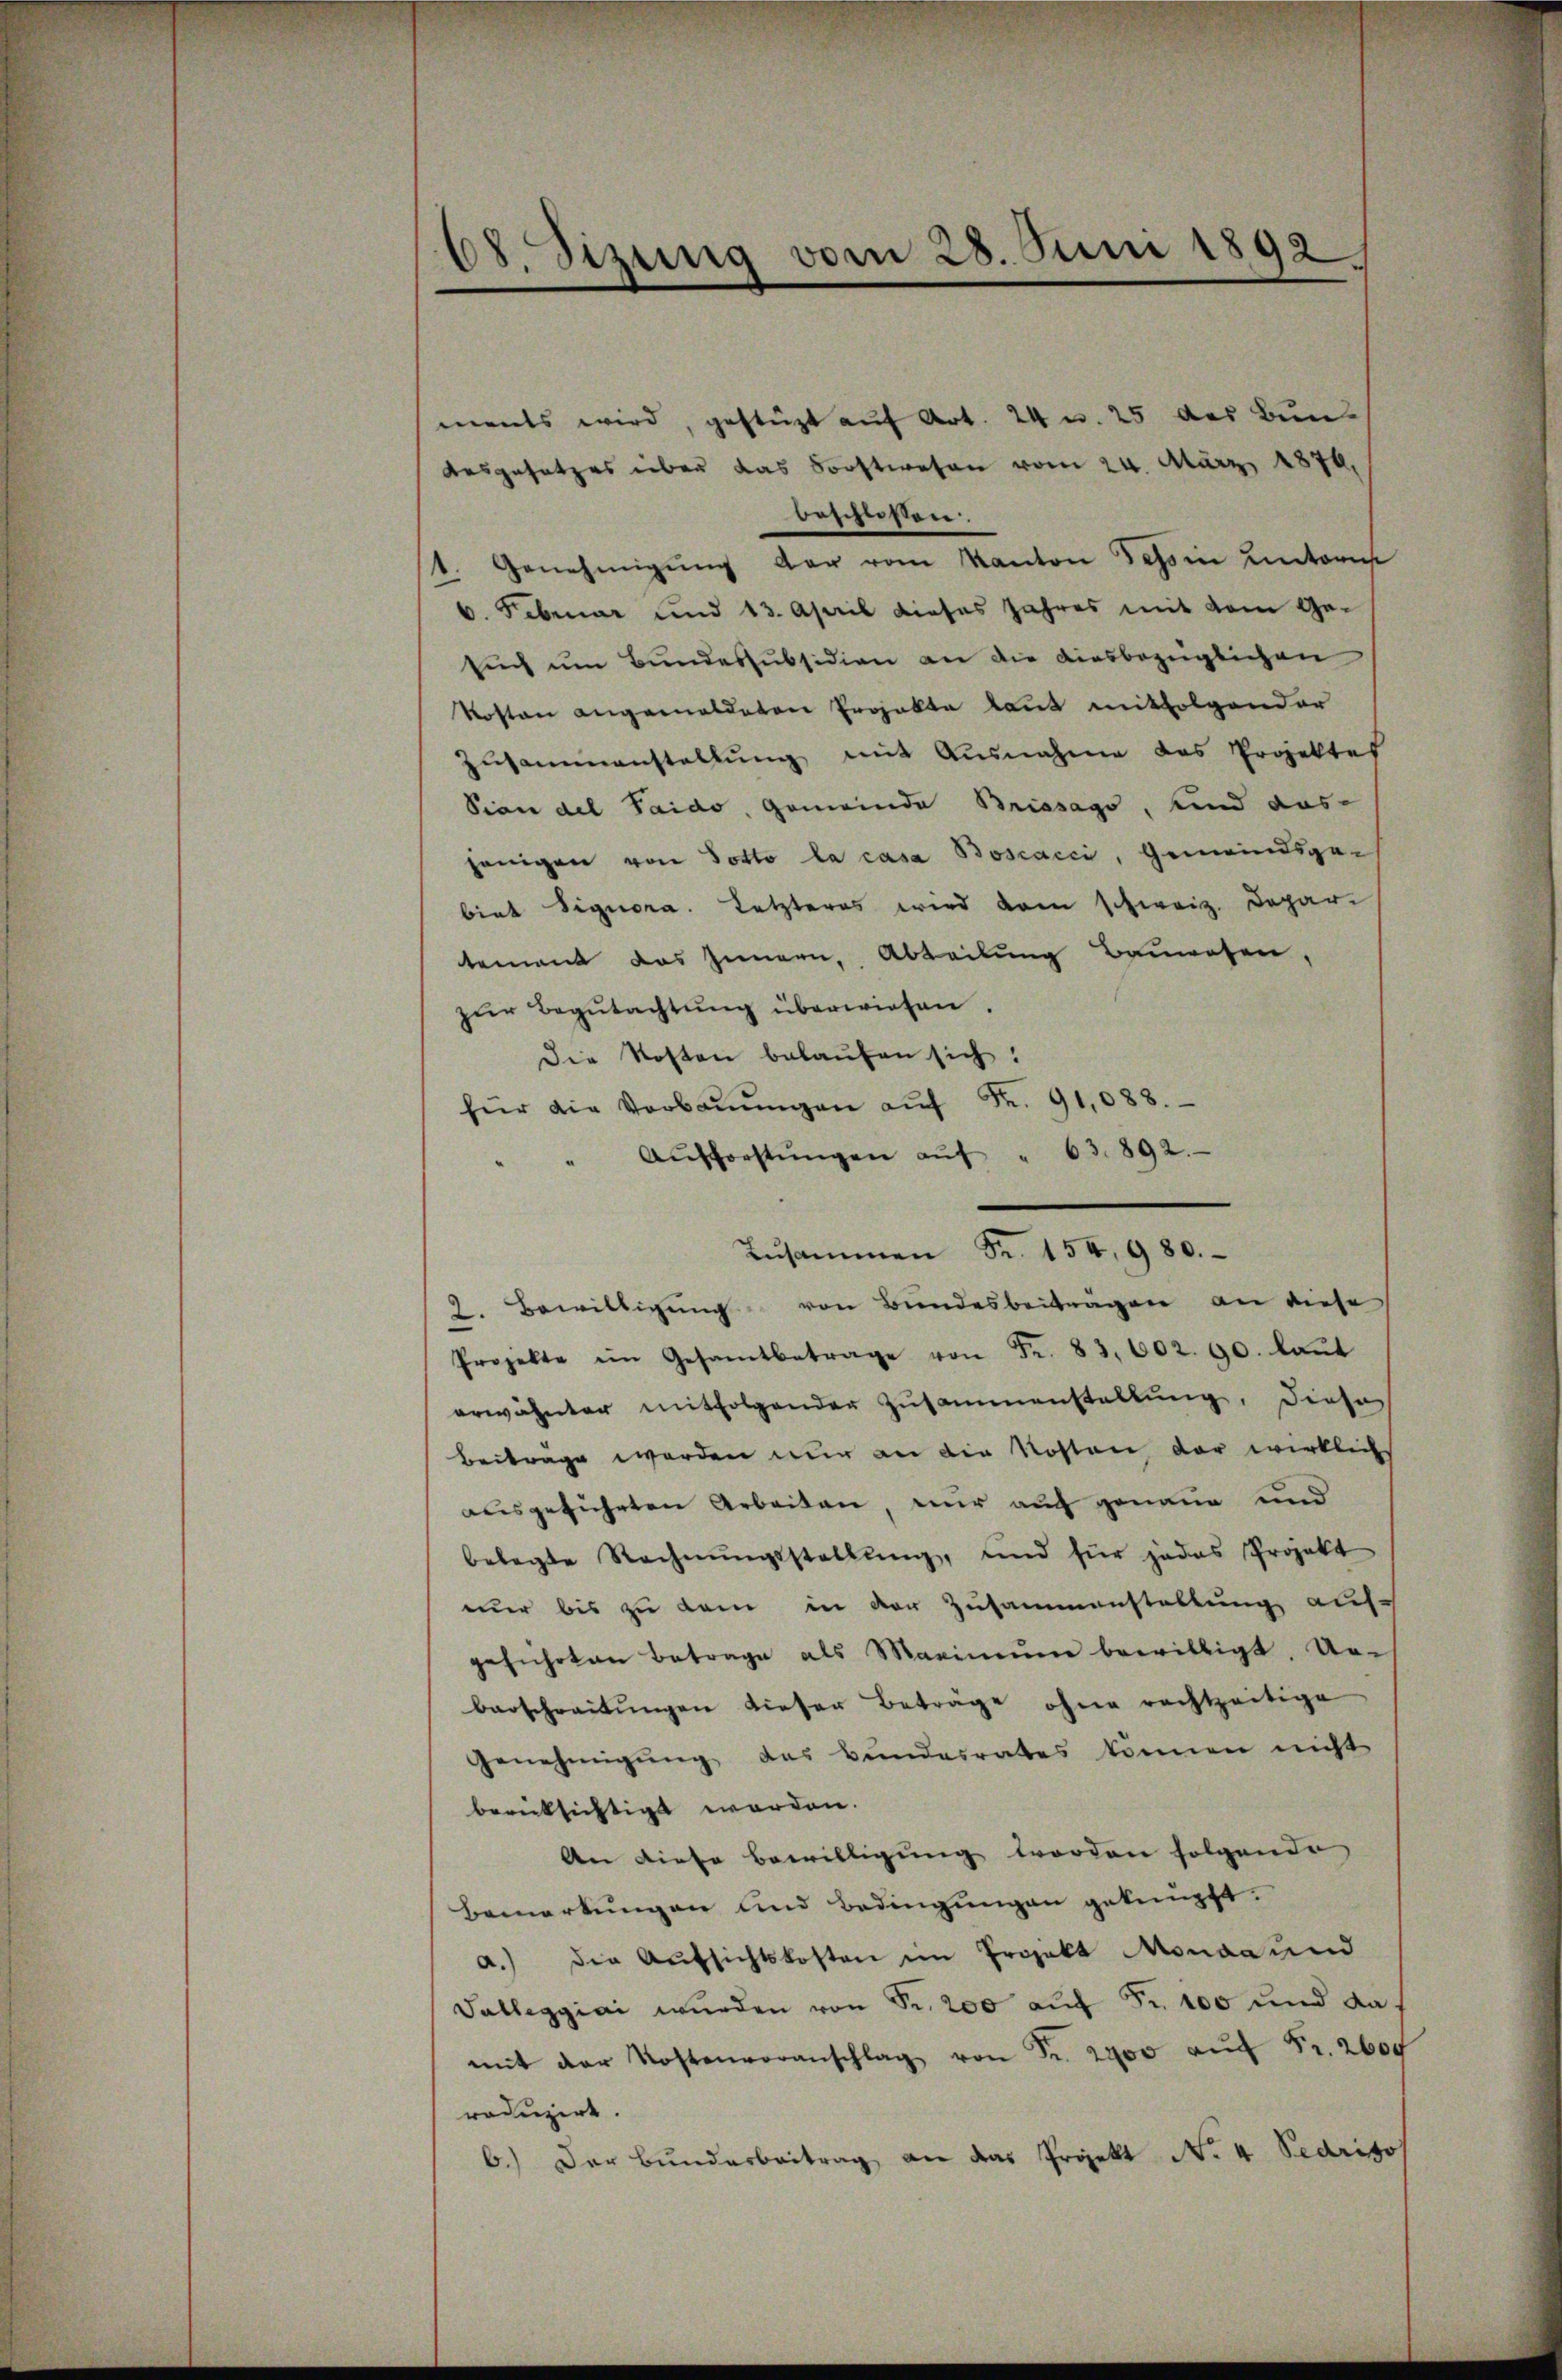
68. Sizung vom 28. Juni 1892

ments wird, gestützt auf Art. 24 w. 25 des Bun
Ausgesetzes über das Forstwesen vom 24. März 1876,
beschlossen.
Genehmigung der vom Kanton Tessin unteres
6. Februar und 13. April dieses Jahres mit dem Ge-
such um Bundessubsidion an die diesbezüglichen
Roston angemelderen Projekte laut mitfolgender
Zusammenstellung mit Ausnahme das Projektes
Sian del Paido, Gemeinde Brissago, und das
jenigen von Potto la casa Boscacci, Gemeindsgebiet Signora. Letzteres wird dem schweiz. Depar
tement das Innern, Abteilung Bauwesen,
zŭr Begŭtachtŭng überwiesen.
Die Kosten belaŭfen sich:
für die Verbaŭŭngen aŭf Fr. 91,088.
Aŭfforstŭngen aŭf " 63. 892.
Zŭsammen Fr. 154, 980.
2. Bewilligung von Bundesbeiträgen an diese
Projekte im Gesamtbetrage von Fr. 83. 602. 90. laŭt
erwähnter mitfolgender Zusammenstallŭng, diese
Beiträge werden nur an die Kosten der wirklich
ausgeführten Arbeiten, nur auch genaue und
belegte Rechnŭngsstellŭng, und für jedes Projekt
nur bis zu kam in der Zusammenstallung auf-
geführten Betrage als Maximŭm bewilligt. Ur-
barschreitŭngen dieser Beträge ohne rechtzeitige
Genehmigŭng des Bŭndesrates können nicht
berücksichtigt worden.
An diese Bewilligung worden folgende
Bemerkungen und Bedingungen geknüpft.
a.) die Aufsichtskosten im Projekt Monda und
Valleggiai wurden von Sr. 200 auf Fr. 100 und da-
mit der Kostenvoranschlag von Fr. 2900 auf Fr. 2600
roduzirt.
6.) Der Bunderbeitrag an das Projekt No 4 Perito